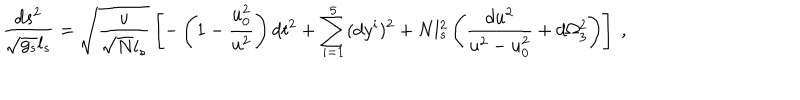
LaTeX: \frac { d s ^ { 2 } } { \sqrt { g _ { s } } l _ { s } } = \sqrt { \frac { u } { \sqrt { N } l _ { s } } } \left[ - \left( 1 - \frac { u _ { 0 } ^ { 2 } } { u ^ { 2 } } \right) d t ^ { 2 } + \sum _ { i = 1 } ^ { 5 } ( d y ^ { i } ) ^ { 2 } + N l _ { s } ^ { 2 } \left( \frac { d u ^ { 2 } } { u ^ { 2 } - u _ { 0 } ^ { 2 } } + d \Omega _ { 3 } ^ { 2 } \right) \right] \ ,